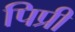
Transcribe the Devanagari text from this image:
पिप्री